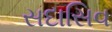
સદાસિવ